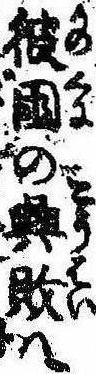
彼国の興敗は